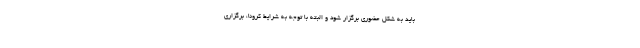
باید به شکل حضوری برگزار شود و البته با توجه به شرایط کرونا، برگزاری